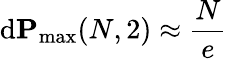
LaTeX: \mathrm{d}\mathbf{{P}}_{\operatorname*{max}}(N,2)\approx\frac{{N}}{{e}}